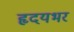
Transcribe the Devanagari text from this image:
हृदयभर